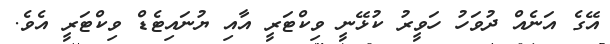
އޭގެ އަނެއް ދުވަހު ހަވީރު ކުޅޭނީ ވިކްޓަރީ އާއި ޔުނައިޓެޑް ވިކްޓަރީ އެވެ.